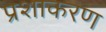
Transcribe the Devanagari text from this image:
प्रशाकरण